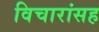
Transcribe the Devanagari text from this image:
विचारांसह